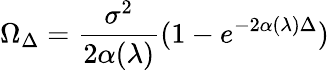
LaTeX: \Omega_{\Delta}=\frac{\sigma^{2}}{2\alpha(\lambda)}(1-e^{-2\alpha(\lambda)\Delta})